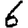
Digit: 6